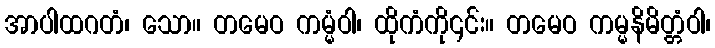
အာပါထဂတံ၊ သော။ တမေဝ ကမ္မံဝါ၊ ထိုကံကို၎င်း။ တမေဝ ကမ္မနိမိတ္တံဝါ၊